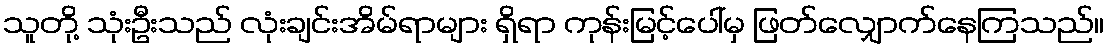
သူတို့ သုံးဦးသည် လုံးချင်းအိမ်ရာများ ရှိရာ ကုန်းမြင့်ပေါ်မှ ဖြတ်လျှောက်နေကြသည်။